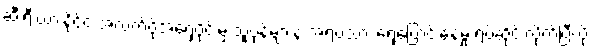
ဆီးရီးယားနိုင်ငံ အလက်ပိုအရှေ့ပိုင်းမှ သူပုန်များနဲ့ အရပ်သား ရွှေ့ပြောင်းနေမှု ရပ်ဆိုင်းလိုက်ပြီလို့